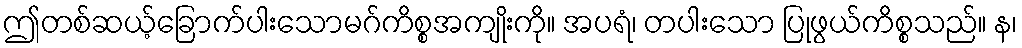
ဤတစ်ဆယ့်ခြောက်ပါးသောမဂ်ကိစ္စအကျိုးကို။ အပရံ၊ တပါးသော ပြုဖွယ်ကိစ္စသည်။ န၊